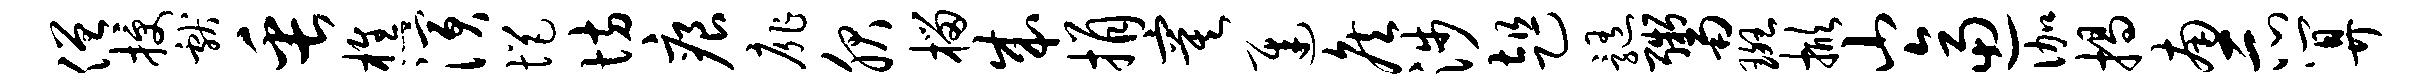
僧授献缶樵演悒坊痕扉服榴成捐寞迟侯涉趄髓鬻斑掀山逼伽揭南示算